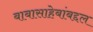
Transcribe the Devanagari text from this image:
बाबासाहेबांबद्दल